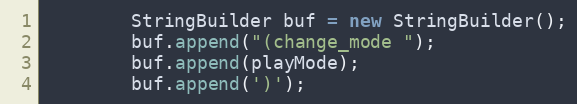
Language: Java
        StringBuilder buf = new StringBuilder();
        buf.append("(change_mode ");
        buf.append(playMode);
        buf.append(')');